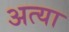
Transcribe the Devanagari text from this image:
अत्या